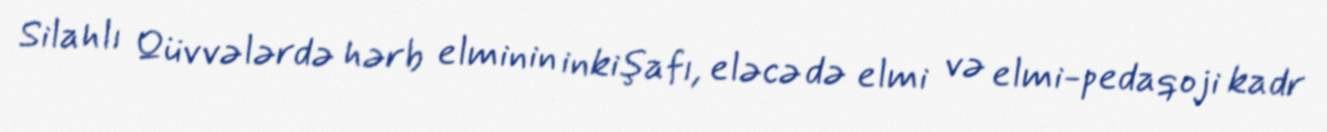
Silahlı Qüvvələrdə hərb elminin inkişafı, eləcə də elmi və elmi-pedaqoji kadr